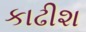
કાઢીશ